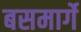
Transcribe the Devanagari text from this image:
बसमार्गे